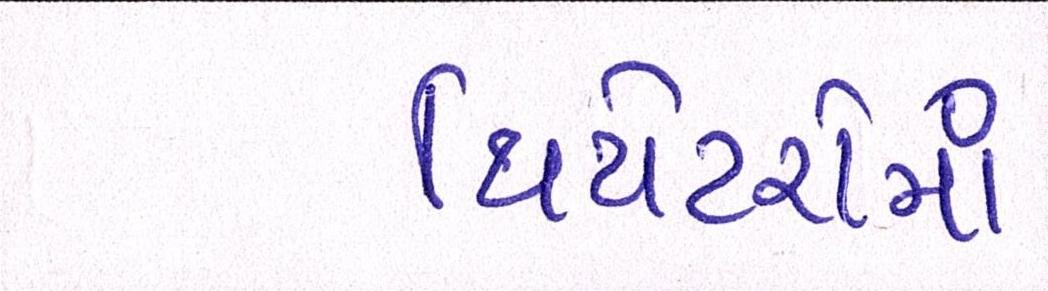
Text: થિયેટરોમાં